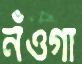
নঁওগা